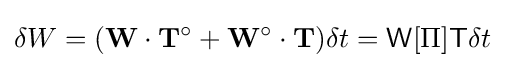
\delta W=(\mathbf {W} \cdot \mathbf {T} ^{\circ }+\mathbf {W} ^{\circ }\cdot \mathbf {T} )\delta t={\mathsf {W}}[\Pi ]{\mathsf {T}}\delta t